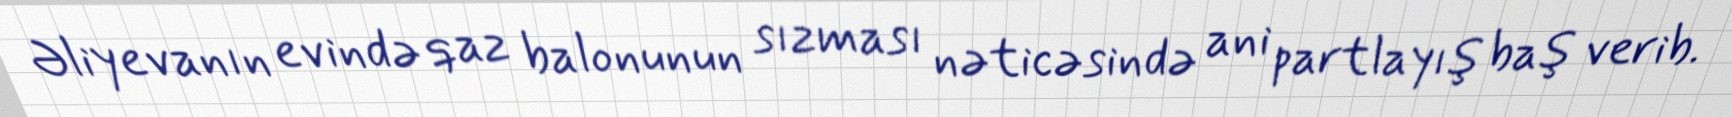
Əliyevanın evində qaz balonunun sızması nəticəsində ani partlayış baş verib.